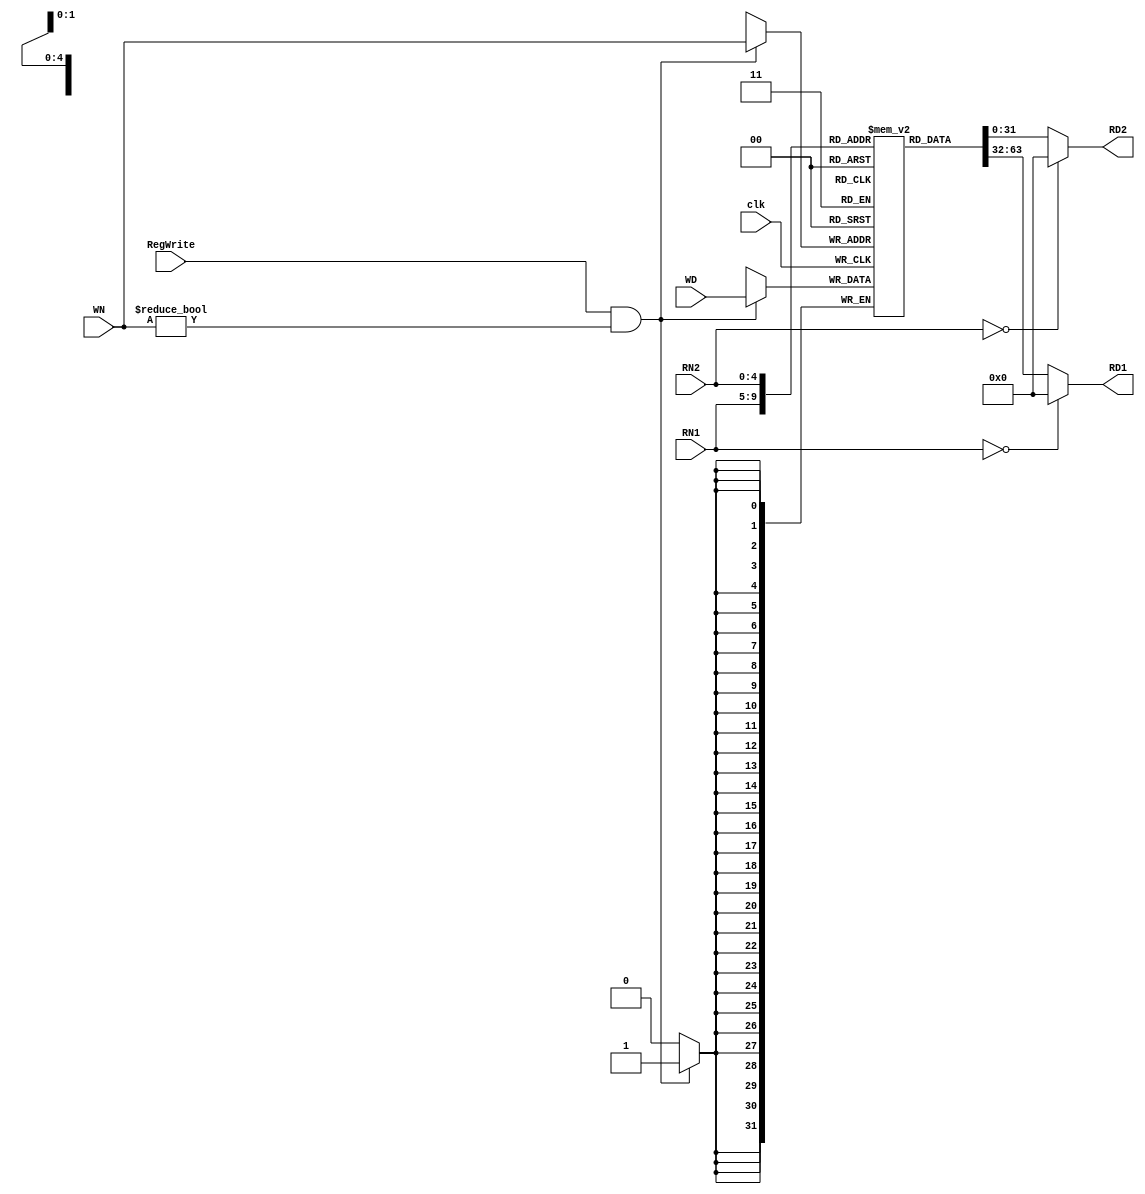
/*
	Title: Register File (32 32-bit registers)
	Editor: Selene (Computer System and Architecture Lab, ICE, CYCU)
	
	Input Port
		1. clk
		2. RegWrite: 
		3. RN1: rs
		4. RN2: rt
		5. WN: 
		6. WD: 
	Output Port
		1. RD1: rs
		2. RD2: rt
*/
module reg_file( clk, RegWrite, RN1, RN2, WN, WD, RD1, RD2 );
	input clk;
	input RegWrite;
	input[4:0] RN1, RN2, WN;
	input[31:0] WD;
	output[31:0] RD1, RD2;

	reg[31:0] RD1, RD2;
	reg[31:0] file_array[31:1]; // 32

	always @( RN1 or file_array[RN1] ) begin   
		if ( RN1 == 0 ) // 0zero0
			RD1 = 32'd0;
		else
			RD1 = file_array[RN1];
		$display( "%d, reg_file[%d] => %d (Port 1)", $time/10, RN1, RD1);
	end

	always @( RN2 or file_array[RN2] ) begin
		if ( RN2 == 0 )
			RD2 = 32'd0;
		else
			RD2 = file_array[RN2];
		$display( "%d, reg_file[%d] => %d (Port 2)", $time/10, RN2, RD2);
	end

	always @( posedge clk ) begin
		if ( RegWrite && (WN != 0) ) begin
			file_array[WN] <= WD;
			$display( "%d, reg_file[%d] <= %d (Write)", $time/10, WN, WD);
		end
	end
endmodule